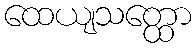
ထေယျသတ္ထော